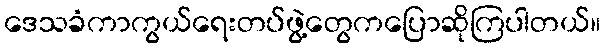
ဒေသခံကာကွယ်ရေးတပ်ဖွဲ့တွေကပြောဆိုကြပါတယ်။